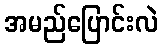
အမည်ပြောင်းလဲ